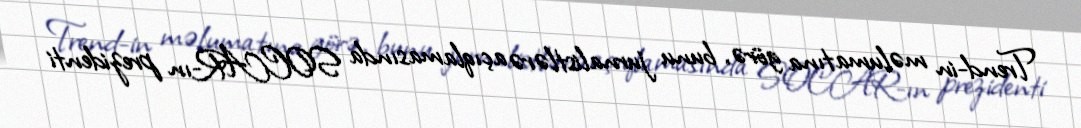
Trend-in məlumatına görə, bunu jurnalistlərə açıqlamasında SOCAR-ın prezidenti